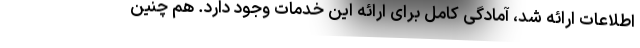
اطلاعات ارائه شد، آمادگی کامل برای ارائه این خدمات وجود دارد. هم چنین